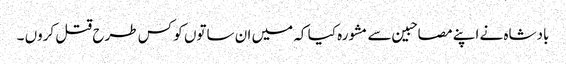
بادشاہ نے اپنے مصاحبین سے مشورہ کیا کہ میں ان ساتوں کو کس طرح قتل کروں ۔